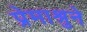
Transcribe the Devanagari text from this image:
प्रेमाश्रुने